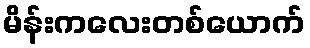
မိန်းကလေးတစ်ယောက်